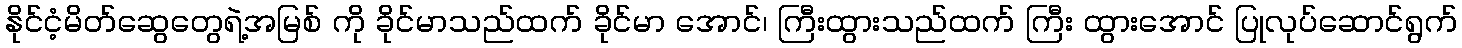
နိုင်ငံ့မိတ်ဆွေတွေရဲ့အမြစ် ကို ခိုင်မာသည်ထက် ခိုင်မာ အောင်၊ ကြီးထွားသည်ထက် ကြီး ထွားအောင် ပြုလုပ်ဆောင်ရွက်